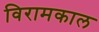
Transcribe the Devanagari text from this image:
विरामकाल